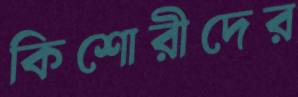
কিশোরীদের